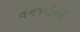
વનજમીનની